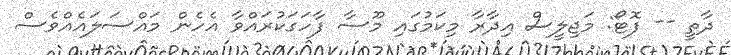
ދާތީ -- ފޮޓޯ: މަޖިލީސް އިދާރާ މިކަމުގައި މޫސާ ފާހަގަކުރައްވާ އެހެން މައްސަލައެއްވެސް